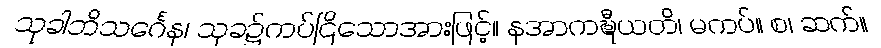
သုခါဘိသင်္ဂေန၊ သုခ၌ကပ်ငြိသောအားဖြင့်။ နအာကဍ္ဎီယတိ၊ မကပ်။ စ၊ ဆက်။